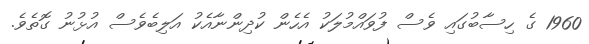
1960 ގެ ހިސާބުގައި ވެސް ފުވައްމުލަކު އެހެން ކުދިންނާއެކު އަލިބެވެސް އުޅުނު ގޮތެވެ.